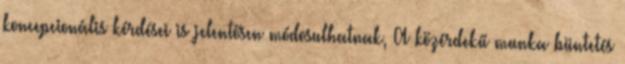
koncepcionális kérdései is jelentősen módosulhatnak, A közérdekű munka büntetés